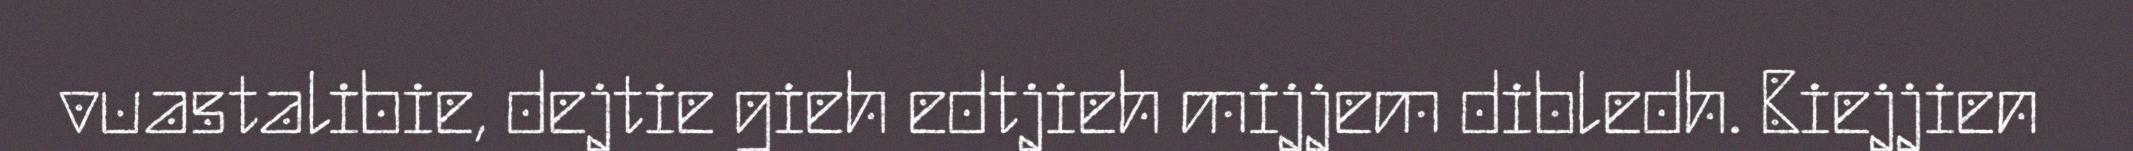
vuastalibie, dejtie gieh edtjieh mijjem dibledh. Biejjien